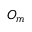
O _ { m }